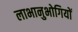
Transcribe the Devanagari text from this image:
लाभानुभोगियों